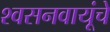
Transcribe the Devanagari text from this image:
श्वसनवायूंचे